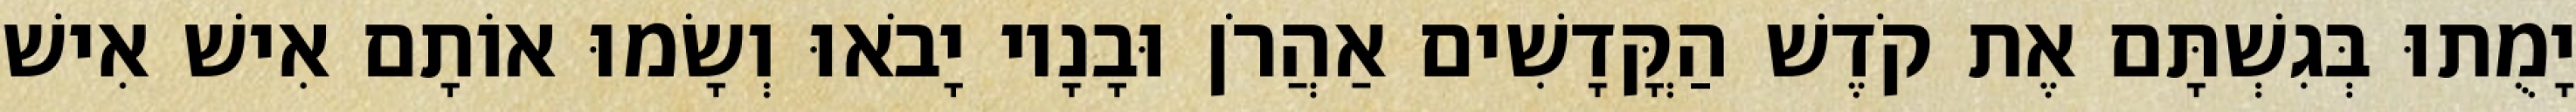
יָמֻתוּ בְּגִשְׁתָּם אֶת קֹדֶשׁ הַקֳּדָשִׁים אַהֲרֹן וּבָנָיו יָבֹאוּ וְשָׂמוּ אוֹתָם אִישׁ אִישׁ